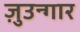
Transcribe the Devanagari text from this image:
ज़ुउन्गार